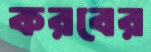
করবের